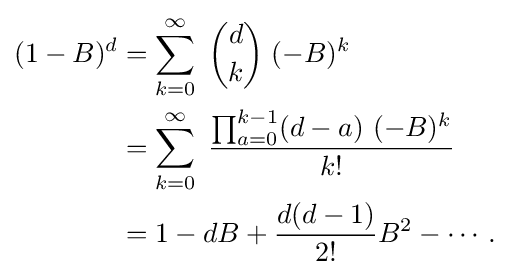
{\begin{aligned}(1-B)^{d}&=\sum _{k=0}^{\infty }\;{d \choose k}\;(-B)^{k}\\&=\sum _{k=0}^{\infty }\;{\frac {\prod _{a=0}^{k-1}(d-a)\ (-B)^{k}}{k!}}\\&=1-dB+{\frac {d(d-1)}{2!}}B^{2}-\cdots \,.\end{aligned}}